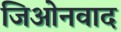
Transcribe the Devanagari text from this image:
जिओनवाद